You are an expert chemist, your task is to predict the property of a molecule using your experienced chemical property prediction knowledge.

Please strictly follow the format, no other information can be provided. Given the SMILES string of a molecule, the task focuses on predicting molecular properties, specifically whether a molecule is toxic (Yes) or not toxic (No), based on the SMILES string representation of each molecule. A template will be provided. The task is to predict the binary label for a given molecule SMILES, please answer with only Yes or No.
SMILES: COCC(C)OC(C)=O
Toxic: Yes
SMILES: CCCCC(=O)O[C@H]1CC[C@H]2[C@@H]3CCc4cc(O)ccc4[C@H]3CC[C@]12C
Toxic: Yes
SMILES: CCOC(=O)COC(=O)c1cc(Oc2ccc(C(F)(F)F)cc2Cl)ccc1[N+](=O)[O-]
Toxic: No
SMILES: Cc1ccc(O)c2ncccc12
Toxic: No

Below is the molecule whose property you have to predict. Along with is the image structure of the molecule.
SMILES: COC(=O)[C@H]1[C@H]2C[C@@H]3c4[nH]c5ccccc5c4CCN3C[C@H]2C[C@@H](OC(=O)c2cc(OC)c(OC)c(OC)c2)[C@@H]1OC
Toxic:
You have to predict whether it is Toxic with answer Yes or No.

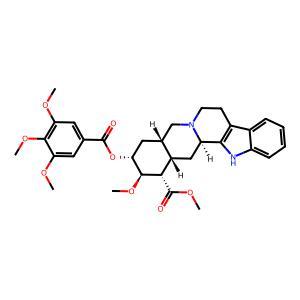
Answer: No